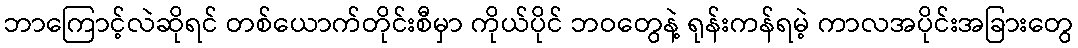
ဘာကြောင့်လဲဆိုရင် တစ်ယောက်တိုင်းစီမှာ ကိုယ်ပိုင် ဘဝတွေနဲ့ ရုန်းကန်ရမဲ့ ကာလအပိုင်းအခြားတွေ